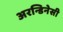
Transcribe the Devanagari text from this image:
अरन्डिनेसी